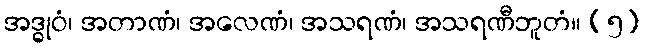
အဒ္ဓုဝံ၊ အတာဏံ၊ အလေဏံ၊ အသရဏံ၊ အသရဏီဘူတံ။ (၅)